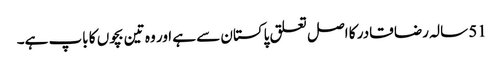
51 سالہ رضا قادر کا اصل تعلق پاکستان سے ہے اور وہ تین بچوں کا باپ ہے۔